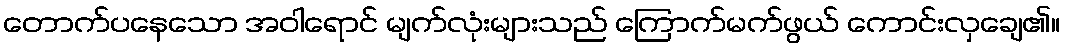
တောက်ပနေသော အဝါရောင် မျက်လုံးများသည် ကြောက်မက်ဖွယ် ကောင်းလှချေ၏။